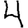
Digit: 4